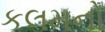
કલમનો